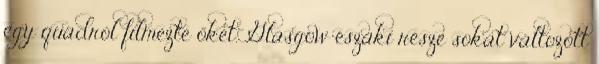
egy quadról filmezte őket. Glasgow északi része sokat változott